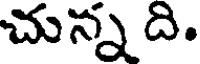
చున్న ది.